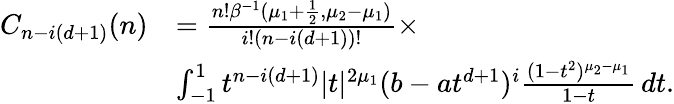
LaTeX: \begin{array}{rl}{C_{n-i(d+1)}(n)}&{=\frac{n!\beta^{-1}(\mu_{1}+\frac{1}{2},\mu_{2}-\mu_{1})}{i!(n-i(d+1))!}\times}\\ &{\int_{-1}^{1}t^{n-i(d+1)}|t|^{2\mu_{1}}(b-at^{d+1})^{i}\frac{(1-t^{2})^{\mu_{2}-\mu_{1}}}{{1-t}}\, dt.}\end{array}